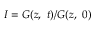
I = G ( z , \ t ) / G ( z , \ 0 )